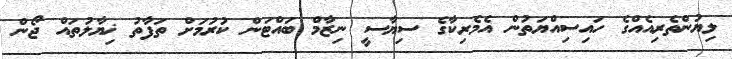
ލިޔުންތެރިއެއްގެ ހައިސިއްޔަތުން އެމެރިކާގެ ސިޔާސީ ނިޒާމް ބައްޓަން ކުރުމަށް ތަފާތު ޚިޔާލުތައް ޖޯން